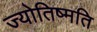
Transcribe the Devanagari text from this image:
ज्योतिष्मति